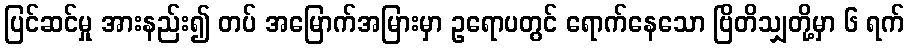
ပြင်ဆင်မှု အားနည်း၍ တပ် အမြောက်အမြားမှာ ဥရောပတွင် ရောက်နေသော ဗြိတိသျှတို့မှာ ၆ ရက်